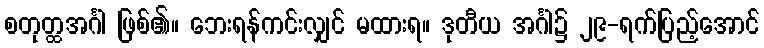
စတုတ္ထအင်္ဂါ ဖြစ်၏။ ဘေးရန်ကင်းလျှင် မထားရ။ ဒုတီယ အင်္ဂါ၌ ၂၉-ရက်ပြည့်အောင်